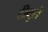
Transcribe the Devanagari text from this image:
टीबुरों